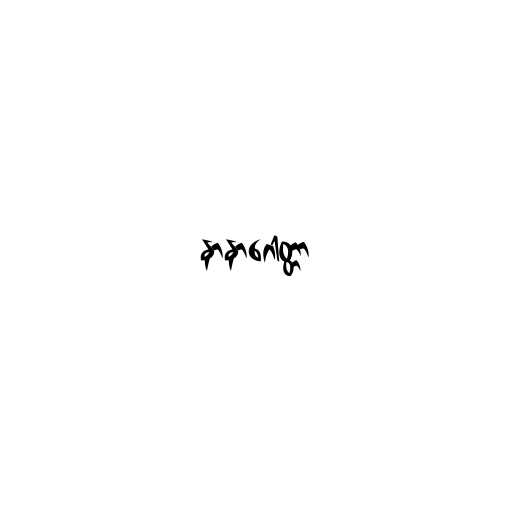
နာနာဂေါတ္တာ